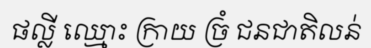
ផល្លី ឈ្មោះ ក្រាយ ច្រំ ជនជាតិលន់